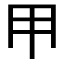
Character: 𱏹